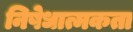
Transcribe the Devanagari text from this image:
निषेधात्मकता